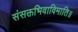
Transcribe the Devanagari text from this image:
संसक्तभिवाविमाति॥